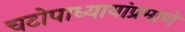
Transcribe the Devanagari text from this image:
चटोपाध्यायांप्रमाणे